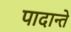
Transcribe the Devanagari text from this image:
पादान्ते